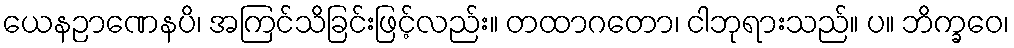
ယေနဉာဏေနပိ၊ အကြင်သိခြင်းဖြင့်လည်း။ တထာဂတော၊ ငါဘုရားသည်။ ပ။ ဘိက္ခဝေ၊